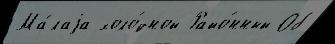
Ма́лаjа холо́дной Райо́нный Об